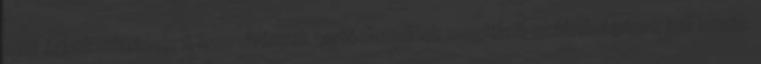
nem érintkezhetnek. A szerelvények tartóelemeinek megfelelõ szilárdságúnak kell lennie.